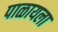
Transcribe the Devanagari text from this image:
पाळायला